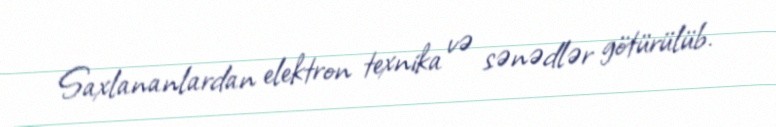
Saxlananlardan elektron texnika və sənədlər götürülüb.